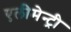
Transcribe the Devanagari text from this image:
एलीमेन्ट्री